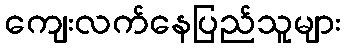
ကျေးလက်နေပြည်သူများ